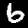
Label: 6